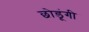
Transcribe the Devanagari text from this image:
छोडूंगी